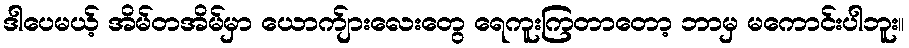
ဒါပေမယ့် အိမ်တအိမ်မှာ ယောက်ျားလေးတွေ ရေကူးကြတာတော့ ဘာမှ မကောင်းပါဘူး။